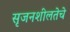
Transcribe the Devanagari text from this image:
सृजनशीलतेचे